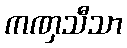
ကဏှသီသာ